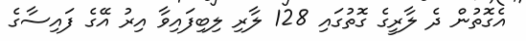
އެގޮތުން ދެ ލާރީގެ ގޮތުގައި 128 ލާރި ލިބިފައިވާ އިރު އޭގެ ފައިސާގެ